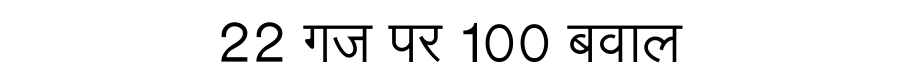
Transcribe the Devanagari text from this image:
22 गज पर 100 बवाल